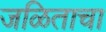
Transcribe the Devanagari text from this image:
जळिताचा